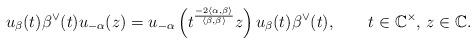
LaTeX: \begin{align*}u_\beta(t)\beta^\vee(t)u_{-\alpha}(z)=u_{-\alpha}\left( t^{\frac{-2\langle \alpha,\beta\rangle}{\langle \beta,\beta \rangle}}z \right) u_\beta(t)\beta^\vee(t),\;\;\;\;\;\;\;t\in\mathbb{C}^\times, \, z \in {\mathbb{C}}.\end{align*}